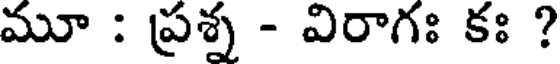
మూ : ప్రశ్న - విరాగః కః ?